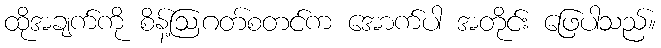
ထိုအချက်ကို စိန့်ဩဂတ်စတင်က အောက်ပါ အတိုင်း ဖြေပါသည်။